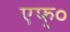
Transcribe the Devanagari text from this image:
एफ्‌०